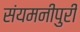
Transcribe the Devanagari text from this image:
संयमनीपुरी